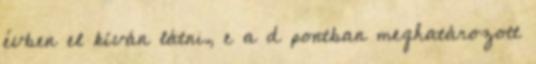
évben el kíván látni, e a d pontban meghatározott